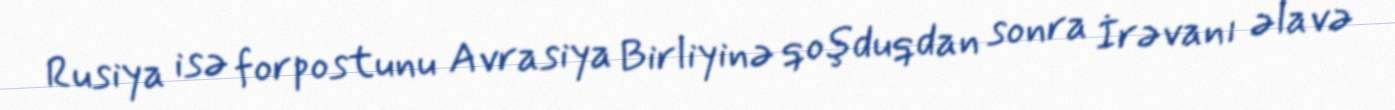
Rusiya isə forpostunu Avrasiya Birliyinə qoşduqdan sonra İrəvanı əlavə